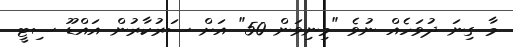
މާ ގިނަ ދުވަހެއް ނުވެ "މިނިވަން 50" އަށް ސަރުކާރުން އައްޑޫ ސިޓީ